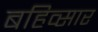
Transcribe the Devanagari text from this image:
बहिव्सार